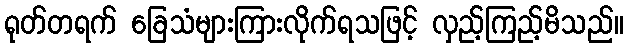
ရုတ်တရက် ခြေသံများကြားလိုက်ရသဖြင့် လှည့်ကြည့်မိသည်။